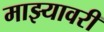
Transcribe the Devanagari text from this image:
माझ्यावरी